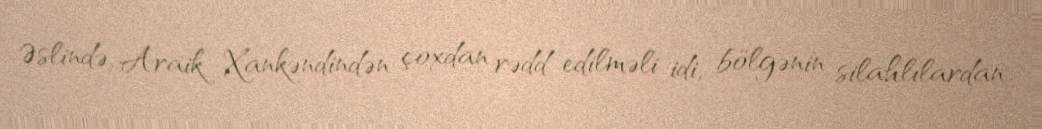
Əslində, Araik Xankəndindən çoxdan rədd edilməli idi, bölgənin silahlılardan